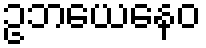
ဥဘယေနေဝ